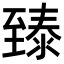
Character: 𬛴